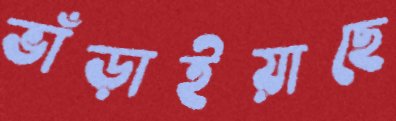
ভাঁড়াইয়াছে